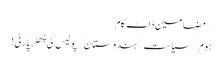
~ مضامین ڈاٹ کام
ہوم/سیاست/ہندوستان/پولیس کی چِھلّر پارٹی!